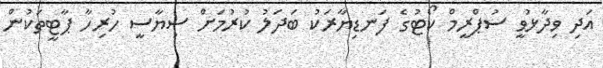
އަދި ވިދާޅުވީ ސުޕްރީމް ކޯޓުގެ ފަނޑިޔާރަކު ބަދަލު ކުރުމަށް ސިޔާސީ ހުރިހާ ޕާޓީތަކުން